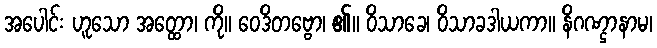
အပေါင်း ဟူသော အတ္ထော၊ ကို။ ဝေဒိတဗ္ဗော၊ ၏။ ဝိသာခေ၊ ဝိသာခဒါယကာ။ နိဂဏ္ဌာနာမ၊